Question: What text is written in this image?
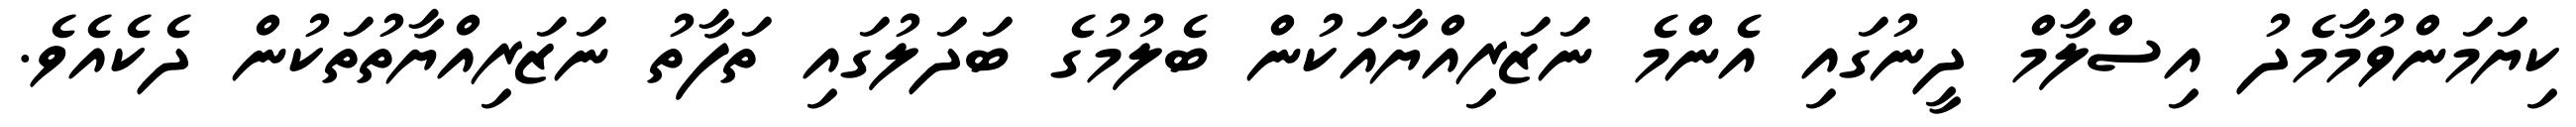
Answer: ކިޔަމަންވުމާމެދު އިސްލާމް ދީނުގައި އެންމެ ނަޒަރިއްޔާއަކުން ބެލުމުގެ ބަދަލުގައި ތަފާތު ނަޒަރިއްޔާތުތަކުން ދެކެއެވެ.